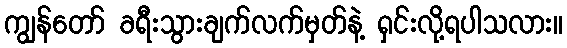
ကျွန်တော် ခရီးသွားချက်လက်မှတ်နဲ့ ရှင်းလို့ရပါသလား။